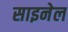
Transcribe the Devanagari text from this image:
साइनेल